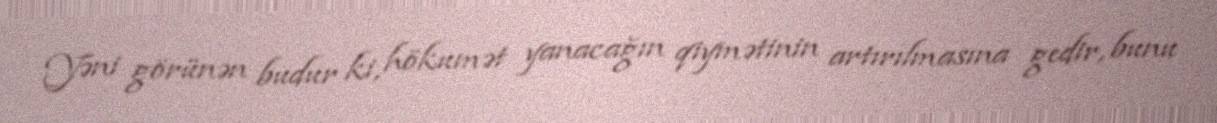
Yəni görünən budur ki, hökumət yanacağın qiymətinin artırılmasına gedir, bunu